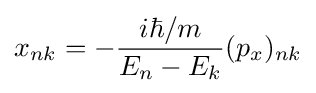
x_{nk}=-{\frac {i\hbar /m}{E_{n}-E_{k}}}(p_{x})_{nk}